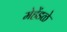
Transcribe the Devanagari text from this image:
मेहेंडळे